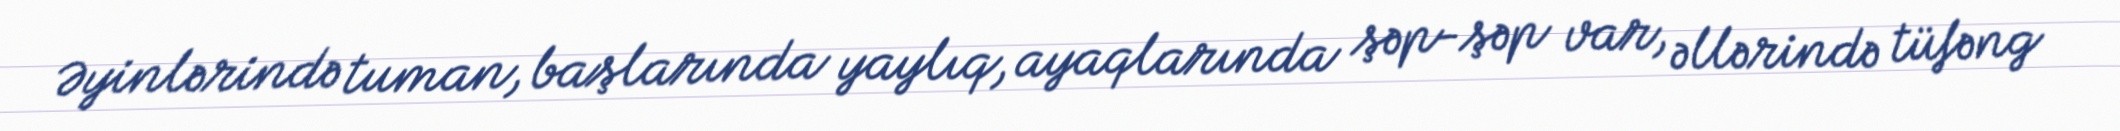
Əyinlərində tuman, başlarında yaylıq, ayaqlarında şəp-şəp var, əllərində tüfəng